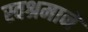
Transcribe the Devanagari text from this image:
स्वश्रमाने